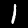
Digit: 1